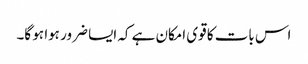
اس بات کا قوی امکان ہے کہ ایسا ضرور ہوا ہو گا۔